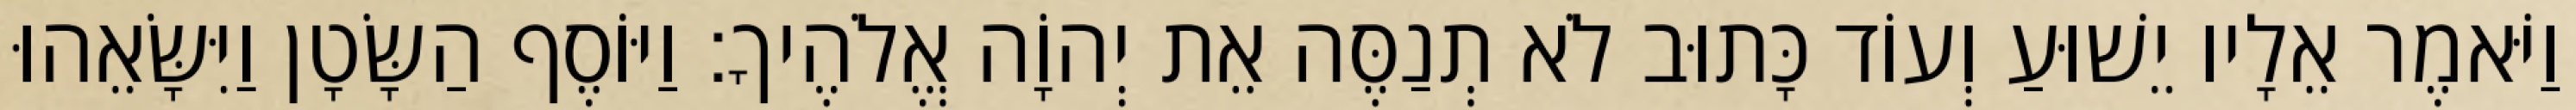
וַיֹּאמֶר אֵלָיו יֵשׁוּעַ וְעוֹד כָּתוּב לֹא תְנַסֶּה אֵת יְהוָֹה אֱלֹהֶיךָ׃ וַיּוֹסֶף הַשָּׂטָן וַיִּשָּׂאֵהוּ